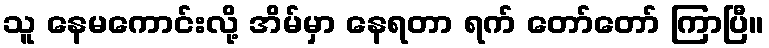
သူ နေမကောင်းလို့ အိမ်မှာ နေရတာ ရက် တော်တော် ကြာပြီ။